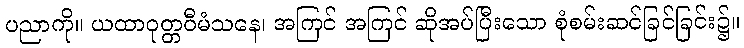
ပညာကို။ ယထာဝုတ္တဝီမံသနေ၊ အကြင် အကြင် ဆိုအပ်ပြီးသော စုံစမ်းဆင်ခြင်ခြင်း၌။